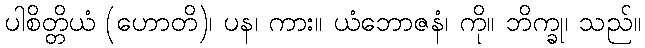
ပါစိတ္တိယံ (ဟောတိ)၊ ပန၊ ကား။ ယံဘောဇနံ၊ ကို။ ဘိက္ခု၊ သည်။